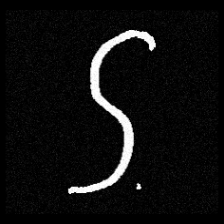
Pyu character \u2014 Myanmar letter: ဌ (romanized: ttha)